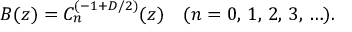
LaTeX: B ( z ) = C _ { n } ^ { ( - 1 + D / 2 ) } ( z ) \quad ( n = 0 , \, 1 , \, 2 , \, 3 , \, \ldots ) .